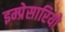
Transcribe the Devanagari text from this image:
इम्प्रेसारियो